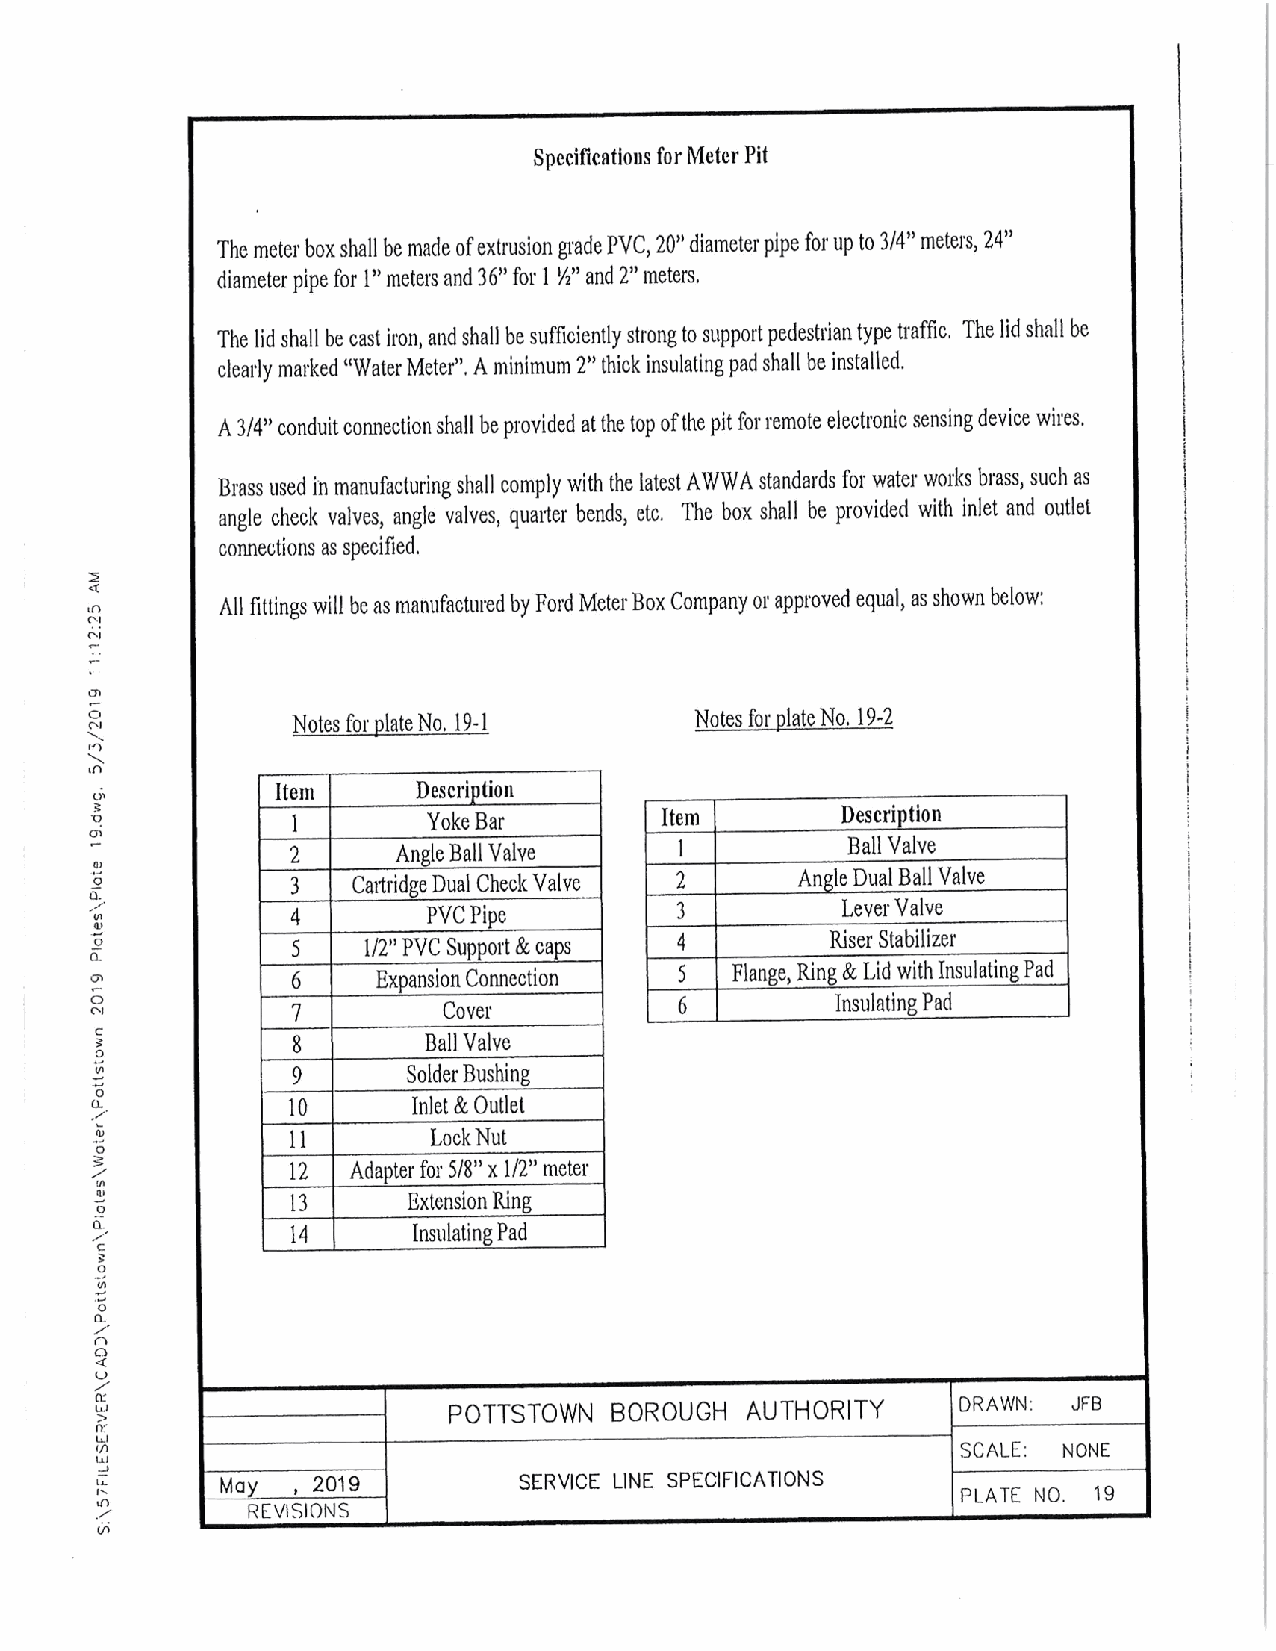
Specifications forMeterPit
 The meter boxshall be made ofextrusion grade PVC, 20" diameterpipe forup to 3/4" meters, 24"
 diameter pipe for 1" meters and 36" for 1 % 2" and 2" meters.
 The lid shall be cast iron, and shall be sufficiently strong to supportpedestrian type traffic. The lidshall be
 clearly marked "Water Meter". A minimum 2" thick insulating pad shall be installed.
 A3/4" conduitconnectionshall beprovided atthe top ofthepit for remote electronic sensingdevice wires.
 Brass used in manufacturing shall comply with the latest AWWA standards for water works brass, such as
 angle check valves, angle valves, quarter bends, etc. The box shall be provided with inlet and outlet
 connections as specified.
 All fittings will be asmanufactured by Ford MeterBox Company orapproved equal, asshown below:
 Notes forplateNo. 19- 1    Notes forplateNo. 19-2
 Item      Description
 1        Yoke Bar        Item        Description
 2      AngleBall Valve    1          Ball Valve
 3   CartridgeDual CheckValve 2    Angle Dual Ball Valve
 4        PVC Pipe         3          LeverValve
 5    1/2" PVC Support & caps 4      Riser Stabilizer
 6     Expansion Connection 5  Flange, Ring & Lid withInsulatingPad
 7         Cover           6         Insulating Pad
 8        Ball Valve
 9       SolderBushing
 10      Inlet & Outlet
 11        LockNut
 12  Adapterfor 5/8" x 1/ 2" meter
 13      Extension Ring
 14      InsulatingPad
 POTTSTOWN  BOROUGH AUTHORITY      DRAWN: JFB
 SCALE: NONE
 May , 2019         SERVICE LINE SPECIFICATIONS
 PLATE NO. 19
 REVISIONS